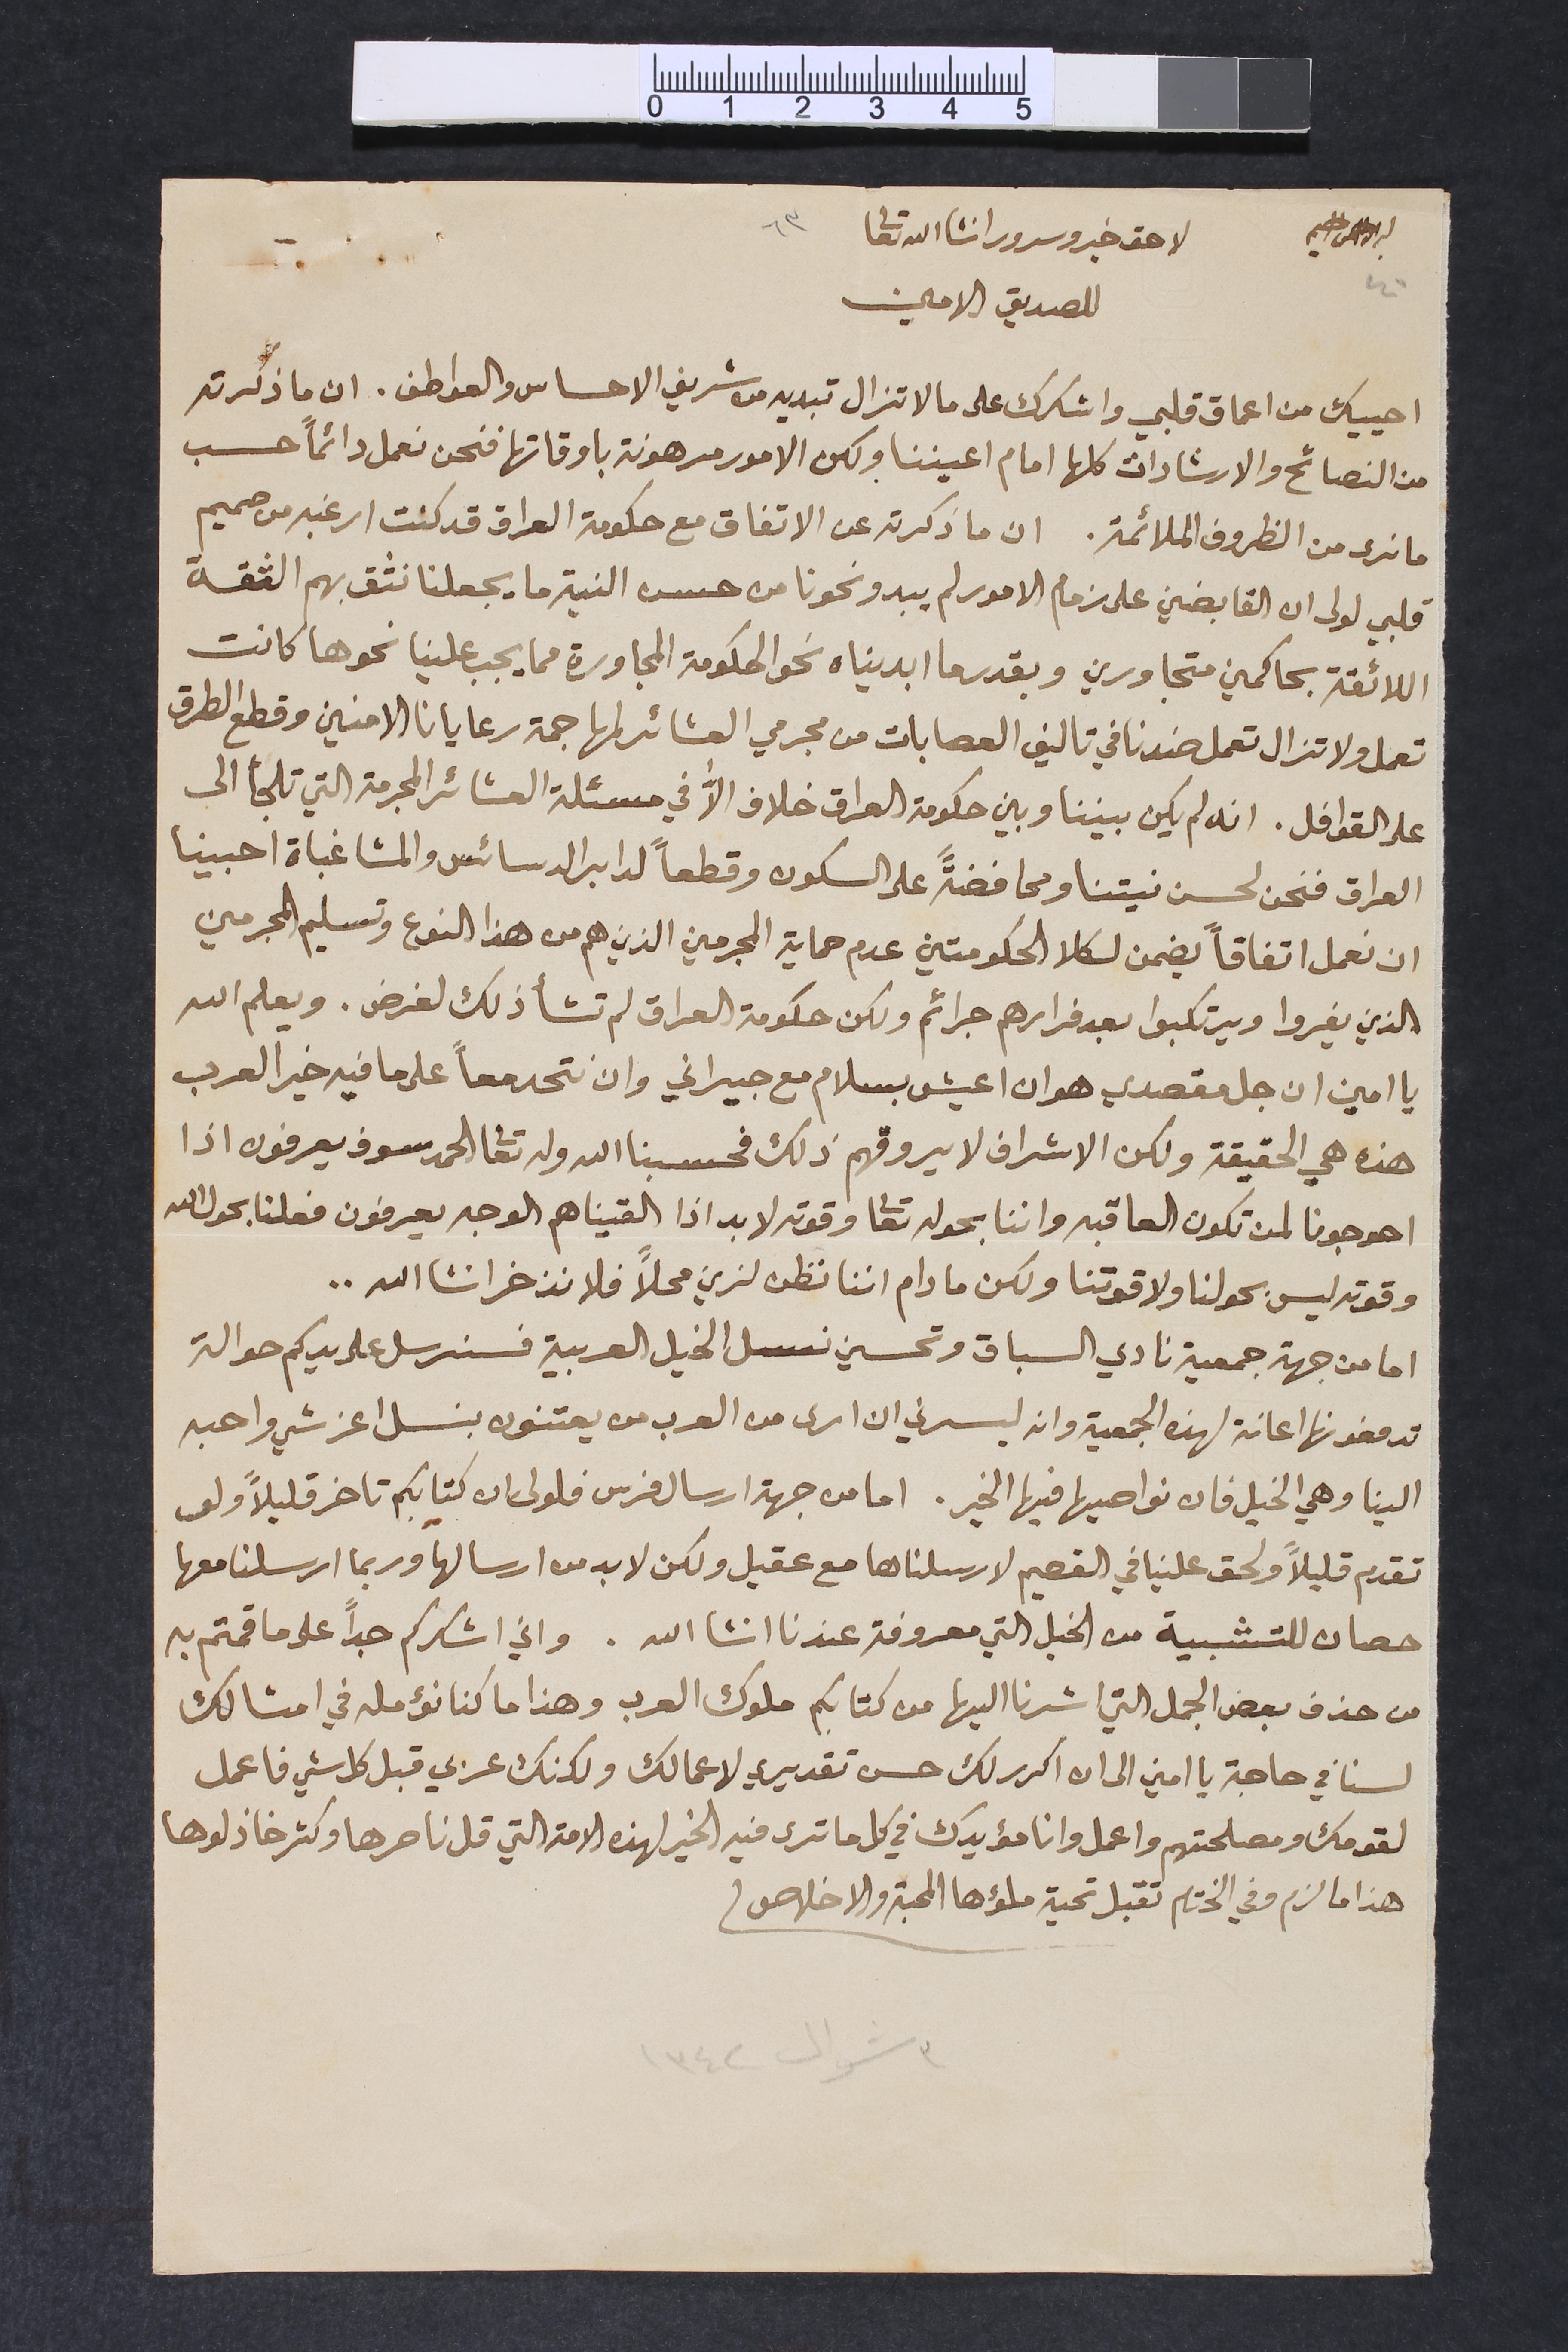
بسم الله الرحمن الرحيم		لاحق خير وسرور انشأالله تعالى 	٦٣
٤٠			للصديق الامين
احييك من اعماق قلبي واشكرك على ما لا تزال تبديه من شريف الاحساس والعواطف. ان ما ذكرته
من النصائح والارشادات كلها امام اعيننا ولكن الامور مرهونة باوقاتها فنحن نعمل دائماً حسب
ما نرى من الظروف الملائمة. ان ما ذكرته عن الاتفاق مع حكومة العراق قد كنت ارغبه من صميم
قلبي لولى ان القابضين على زمام الامور لم يبدو نحونا من حسن النية ما يجعلنا نثق بهم الثقة
اللائقة بحاكمين متجاورين وبقدرما ابديناه نحو الحكومة المجاورة مما يجب علينا نحوها كانت
تعمل ولا تزال تعمل ضدنا في تاليف العصابات من مجرمي العشائر لمهاجمة رعايانا الامنين وقطع الطرق
على القوافل. انه لم يكن بيننا وبين حكومة العراق خلاف الاﱣ في مسئلة العشائر المجرمة التي تلجأ الى
العراق فنحن لحسن نيتنا ومحافضةً على السكون وقطعاً لدابر الدسائس والمشاغباة احبينا
ان نعمل اتفاقاً يضمن لكلا الحكومتين عدم حماية المجرمين الذين هم من هذا النوع وتسليم المجرمين
الذين يغروا ويرتكبوا بعد فرارهم جرائم ولكن حكومة العراق لم تشأ ذلك لغرض. ويعلم الله
يا امين ان جل مقصدي هو ان اعيش بسلام مع جيراني وان نتحد معاً على ما فيه خير العرب
هذه هي الحقيقة ولكن الاشراف لا يروقهم ذلك فحسبنا الله وله تعالى الحمد سوف يعرفون اذا
احوجونا لمن تكون العاقبه واننا بحوله تعالى وقوته لا بد اذا القيناهم الوجه يعرفون فعلنا بحول الله
وقوته ليس بحولنا ولا قوتنا ولكن ما دام اننا نظن لزين محلاً فلا نذخر انشا الله..
اما من جهة جمعية نادي السباق وتحسين نسل الخيل العربية فسنرسل على يدكم حوالة
تدفعونها اعانة لهذه الجمعية وانه يسرني ان ارى من العرب من يعتنون بنسل اعز شي واحبه
الينا وهي الخيل فان نواصيها فيها الخير. اما من جهة ارسال فرس فلولى ان كتابكم تاخر قليلاً ولى
تقدم قليلاً ولحق علينا في القصيم لارسلناها مع عقيل ولكن لا بد من ارسالها وربما ارسلنا معها
حصان للتشبية من الخيل التي معروفة عندنا انشا الله. واني اشكركم جداً على ما قمتم به
من حذف بعض الجمل التي اشرنا اليها من كتابكم ملوك العرب وهذا ما كنا نؤمله في امثالك
لسنا في حاجة يا امين ان اكرر لك حسن تقديري لاعمالك ولكنك عربي قبل كل شي فاعمل
لقومك ومصلحتهم واعمل وانا مؤيدك في كل ما ترى فيه الخير لهذه الامة التي قل ناصرها وكثر خاذلوها
هذا ما لزم وفي الختام تقبل تحية ملؤها المحبة والاخلاص.
٣ شوال ١٣٤٢